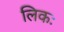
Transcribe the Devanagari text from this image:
लिकः